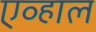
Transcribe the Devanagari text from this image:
एव्हाल